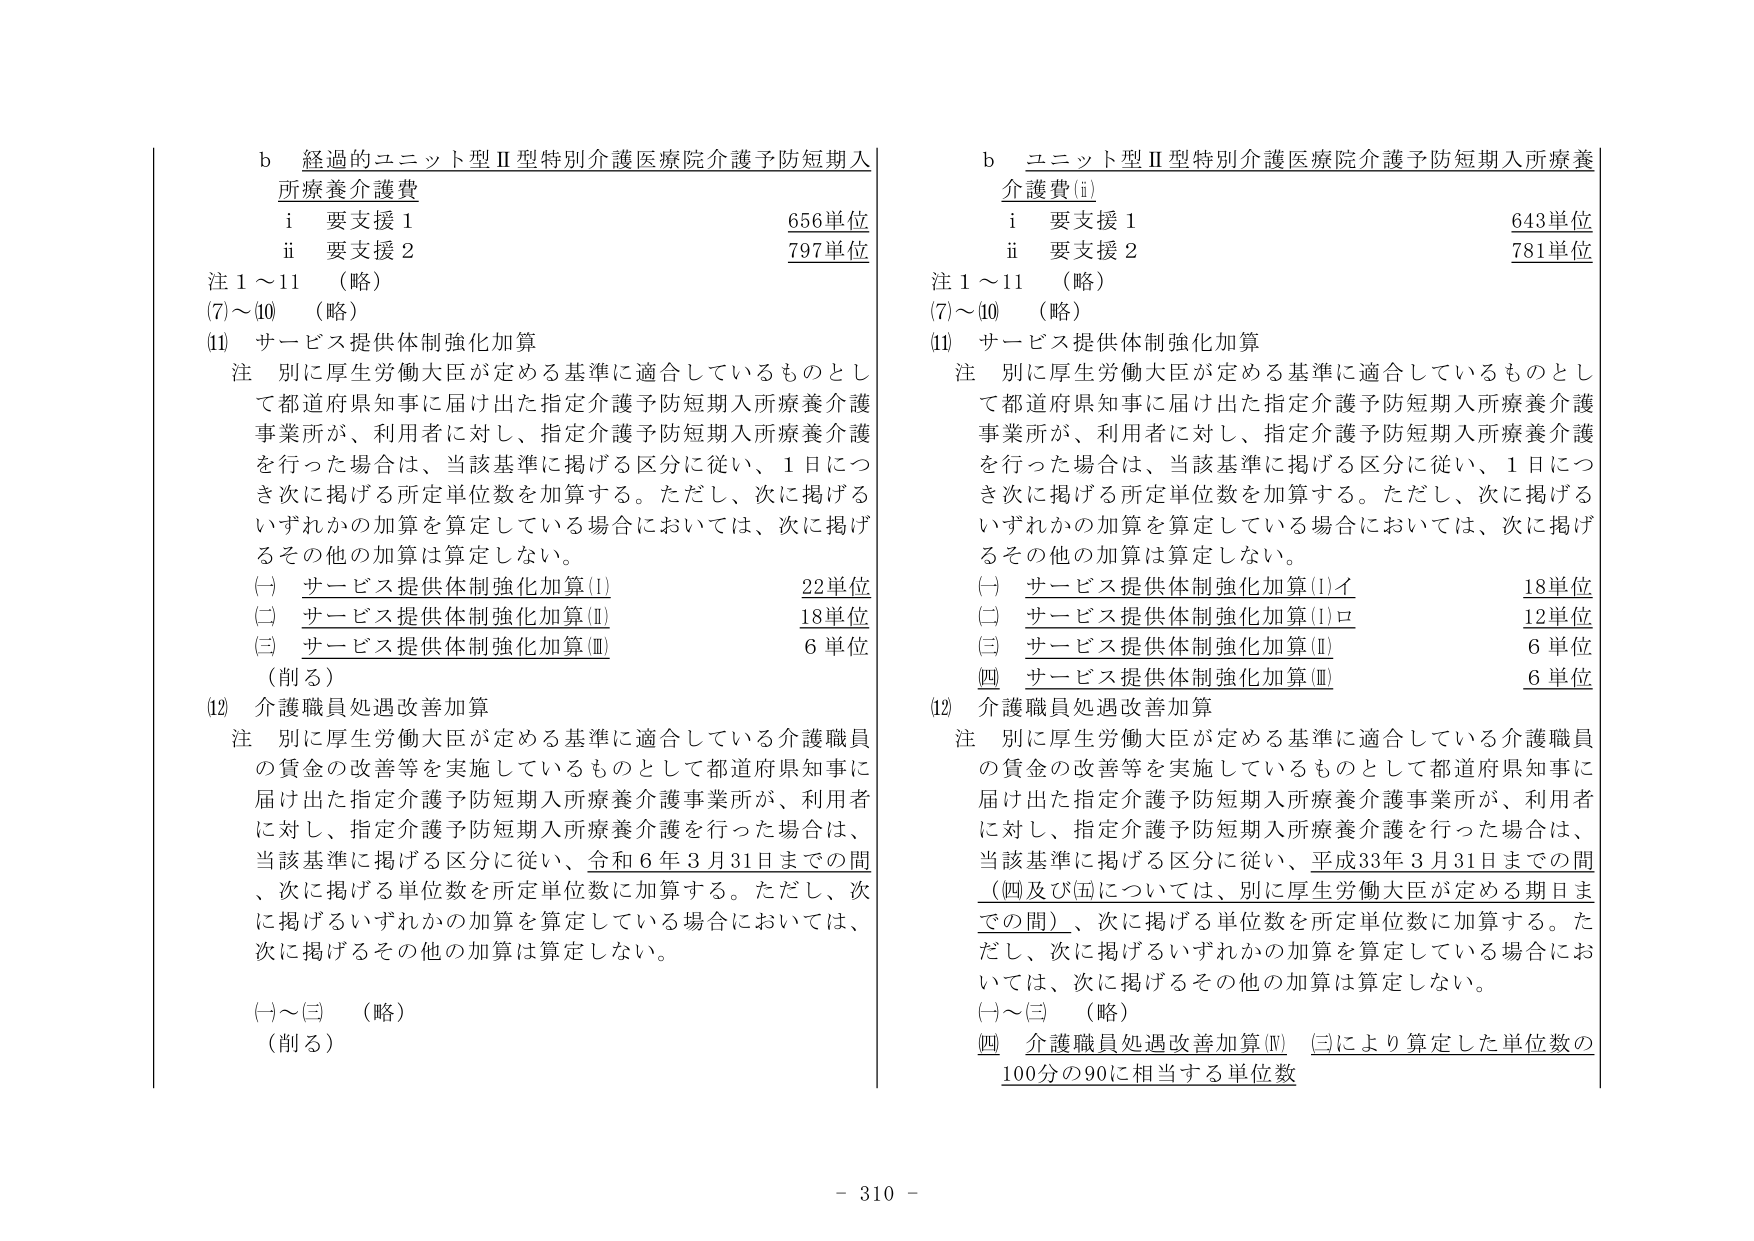
b 経過的ユニット型Ⅱ型特別介護医療院介護予防短期入所療養介護費
　i 要支援1 656単位
　ii 要支援2 797単位
注1～11 （略）
(7)～(10) （略）
(11) サービス提供体制強化加算
　注 別に厚生労働大臣が定める基準に適合しているものとして都道府県知事に届け出た指定介護予防短期入所療養介護事業所が、利用者に対し、指定介護予防短期入所療養介護を行った場合は、当該基準に掲げる区分に従い、1日につき次に掲げる所定単位数を加算する。ただし、次に掲げるいずれかの加算を算定している場合においては、次に掲げるその他の加算は算定しない。
　(一) サービス提供体制強化加算(Ⅰ) 22単位
　(二) サービス提供体制強化加算(Ⅱ) 18単位
　(三) サービス提供体制強化加算(Ⅲ) 6単位
　（削る）
(12) 介護職員処遇改善加算
　注 別に厚生労働大臣が定める基準に適合している介護職員の賃金の改善等を実施しているものとして都道府県知事に届け出た指定介護予防短期入所療養介護事業所が、利用者に対し、指定介護予防短期入所療養介護を行った場合は、当該基準に掲げる区分に従い、令和6年3月31日までの間、次に掲げる単位数を所定単位数に加算する。ただし、次に掲げるいずれかの加算を算定している場合においては、次に掲げるその他の加算は算定しない。
　(一)～(三) （略）
　（削る）

b ユニット型Ⅱ型特別介護医療院介護予防短期入所療養介護費(i)
　i 要支援1 643単位
　ii 要支援2 781単位
注1～11 （略）
(7)～(10) （略）
(11) サービス提供体制強化加算
　注 別に厚生労働大臣が定める基準に適合しているものとして都道府県知事に届け出た指定介護予防短期入所療養介護事業所が、利用者に対し、指定介護予防短期入所療養介護を行った場合は、当該基準に掲げる区分に従い、1日につき次に掲げる所定単位数を加算する。ただし、次に掲げるいずれかの加算を算定している場合においては、次に掲げるその他の加算は算定しない。
　(一) サービス提供体制強化加算(Ⅰ)イ 18単位
　(二) サービス提供体制強化加算(Ⅰ)ロ 12単位
　(三) サービス提供体制強化加算(Ⅱ) 6単位
　(四) サービス提供体制強化加算(Ⅲ) 6単位
(12) 介護職員処遇改善加算
　注 別に厚生労働大臣が定める基準に適合している介護職員の賃金の改善等を実施しているものとして都道府県知事に届け出た指定介護予防短期入所療養介護事業所が、利用者に対し、指定介護予防短期入所療養介護を行った場合は、当該基準に掲げる区分に従い、平成33年3月31日までの間（四及び(五)については、別に厚生労働大臣が定める期日までの間）、次に掲げる単位数を所定単位数に加算する。ただし、次に掲げるいずれかの加算を算定している場合においては、次に掲げるその他の加算は算定しない。
　(一)～(三) （略）
　(四) 介護職員処遇改善加算(Ⅳ) (三)により算定した単位数の100分の90に相当する単位数

- 310 -